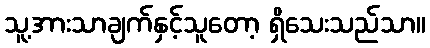
သူ့အားသာချက်နှင့်သူတော့ ရှိသေးသည်သာ။